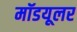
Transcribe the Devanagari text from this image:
मॉडयूलर